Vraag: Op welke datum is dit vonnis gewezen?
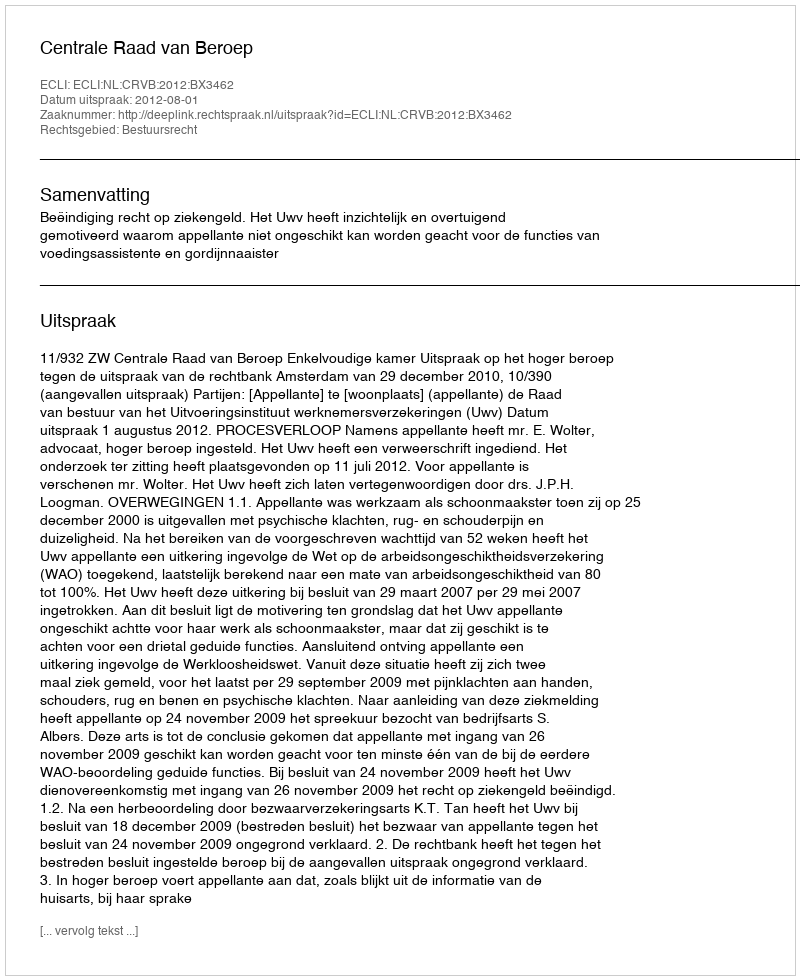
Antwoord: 2012-08-01